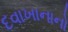
દવાખાનાનો